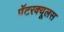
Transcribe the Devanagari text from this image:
पॅटरक्यूलस